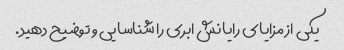
یکی از مزایای رایانش ابری را شناسایی و توضیح دهید.